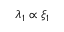
\lambda _ { 1 } \propto \xi _ { 1 }